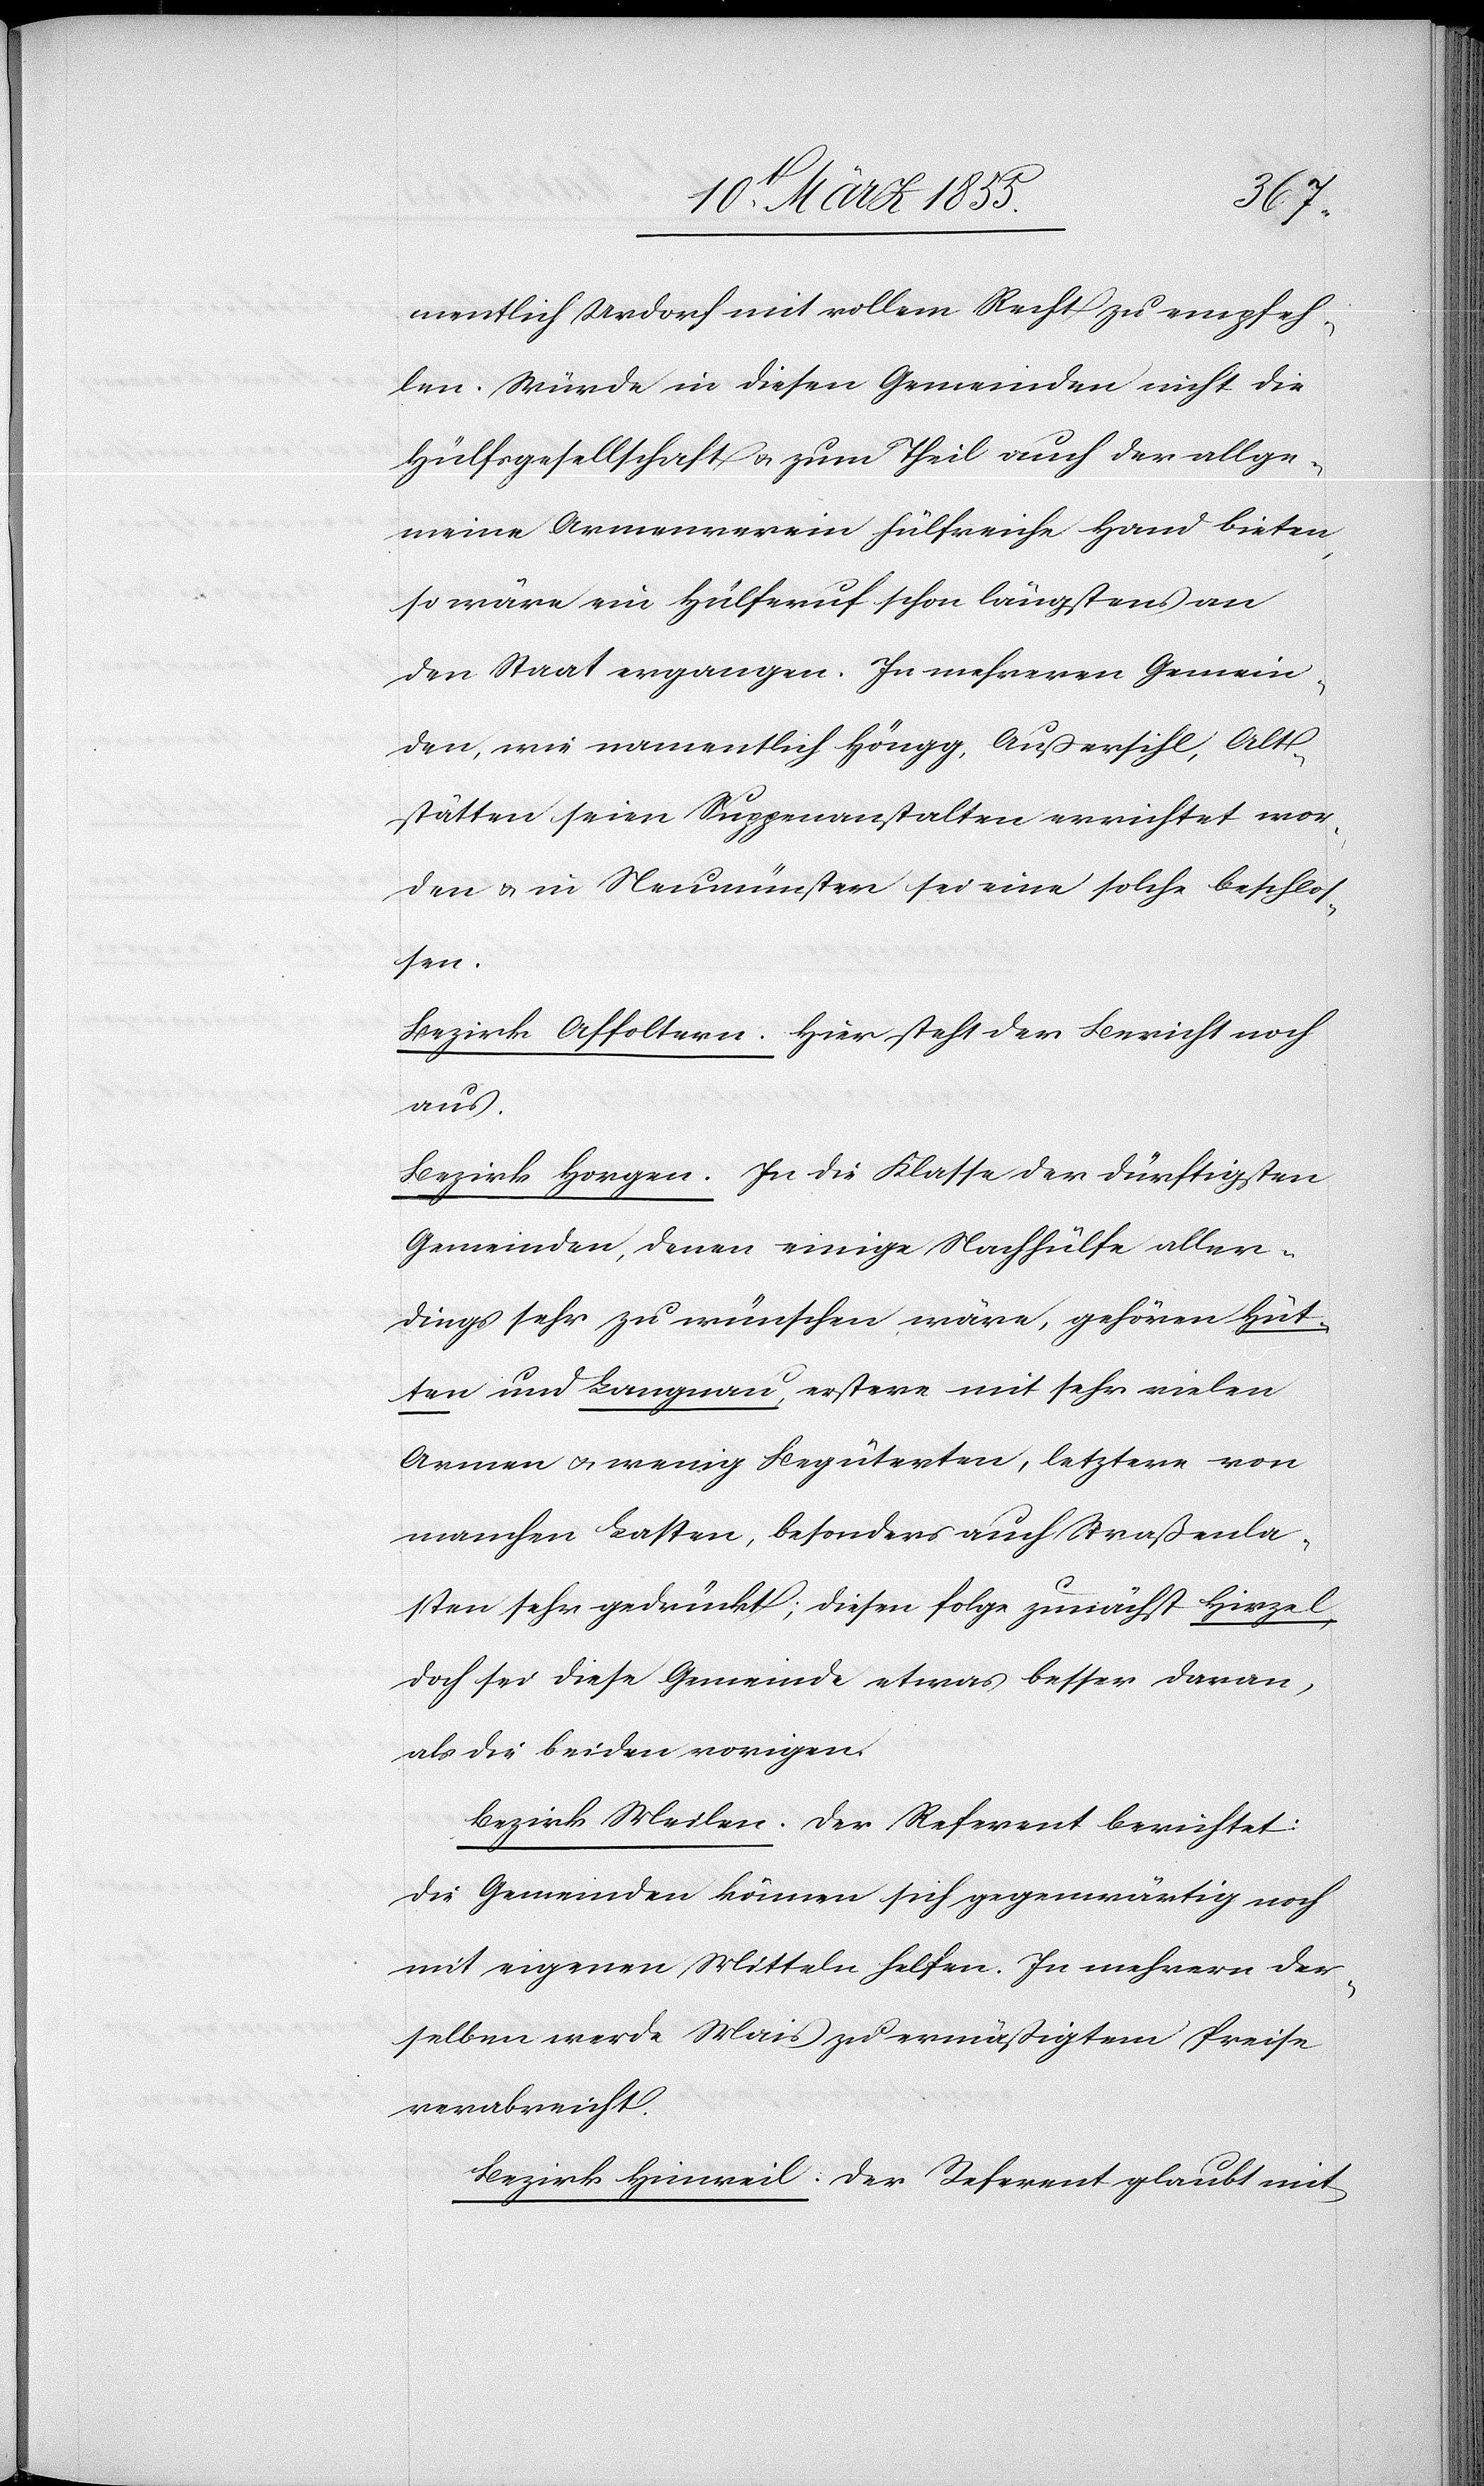
mentlich Urdorf mit vollem Recht zu empfeh¬
len. Würde in diesen Gemeinden nicht die
Hülfsgesellschaft & zum Theil auch der allge¬
meine Armenverein hülfreiche Hand bieten,
so wäre ein Hülferuf schon längstens an
den Staat ergangen. In mehreren Gemein¬
den, wie namentlich Höngg, Außersihl, Alt¬
stätten seien Suppenanstalten errichtet wor¬
den & in Neumünster sei eine solche beschlos¬
sen.
Bezirk Affoltern. Hier steht der Bericht noch
aus.
Bezirk Horgen. In die Klasse der dürftigsten
Gemeinden, denen einige Nachhülfe aller¬
dings sehr zu wünschen wäre, gehören Hüt¬
ten und Langnau, erstere mit sehr vielen
Armen & wenig Begüterten, letztere von
manchen Lasten, besonders auch Straßenla¬
sten sehr gedrückt; diesen folge zunächst Hirzel,
doch sei diese Gemeinde etwas besser daran,
als die beiden vorigen.
Bezirk Meilen. Der Referent berichtet:
die Gemeinden können sich gegenwärtig noch
mit eigenen Mitteln helfen. In mehrern der¬
selben werde Mais zu ermäßigtem Preise
verabreicht.
Bezirk Hinweil. Der Referent glaubt mit